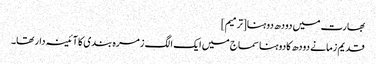
بھارت میں دودھ دوہنا[ترمیم]
قدیم زمانے دودھ کا دوہنا سماج میں ایک الگ زمرہ بندی کا آئینہ دار تھا۔